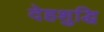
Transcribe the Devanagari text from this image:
देहशुद्धि